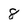
Character: 8